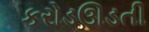
કરોડઊડતી